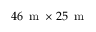
4 6 \, \mathrm { ~ m ~ } \times 2 5 \, \mathrm { ~ m ~ }